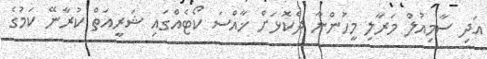
އަދި ސާމިއުލް މަރާލި މީހުންނާ ދެކޮޅަށް ޚާއްސަ ކޯޓެއްގައި ޝަރީއަތް ކުރާނޭ ކަމުގެ